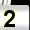
Digit: 2